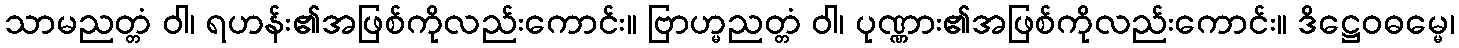
သာမညတ္တံ ဝါ၊ ရဟန်း၏အဖြစ်ကိုလည်းကောင်း။ ဗြာဟ္မညတ္တံ ဝါ၊ ပုဏ္ဏား၏အဖြစ်ကိုလည်းကောင်း။ ဒိဋ္ဌေဝဓမ္မေ၊